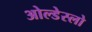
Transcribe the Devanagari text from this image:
ओल्डेस्लो